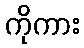
ကိုကား